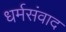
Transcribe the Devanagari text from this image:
धर्मसंवाद